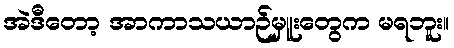
အဲဒီတော့ အာကာသယာဉ်မှူးတွေက မရဘူး။